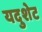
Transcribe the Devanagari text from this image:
यदुशेट